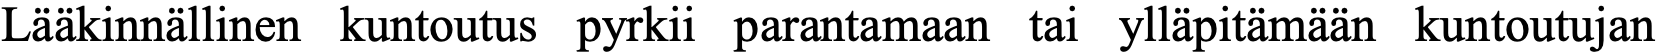
Lääkinnällinen kuntoutus pyrkii parantamaan tai ylläpitämään kuntoutujan